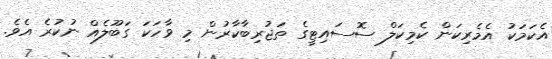
އެކަމަކު އެމެރިކަން ކެމިކަލް ސޮސައިޓީގެ ތަޖުރިބާކާރުން މި ވާހަކަ ގަބޫލެއް ނުކުރެ އެވެ.